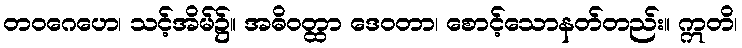
တဝဂေဟေ၊ သင့်အိမ်၌။ အဓိဝတ္ထာ ဒေဝတာ၊ စောင့်သောနတ်တည်း။ ဣတိ၊